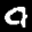
Label: 4